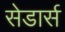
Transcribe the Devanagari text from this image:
सेडार्स